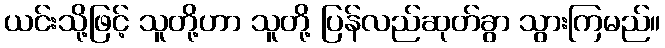
ယင်းသို့ဖြင့် သူတို့ဟာ သူတို့ ပြန်လည်ဆုတ်ခွာ သွားကြမည်။